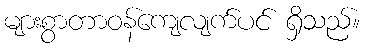
များစွာတာဝန်ကျေလျက်ပင် ရှိသည်။